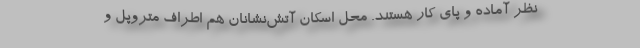
نظر آماده و پای کار هستند. محل اسکان آتش‌نشانان هم اطراف متروپل و